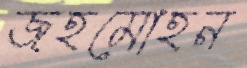
জহমোহন